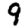
Digit: 9